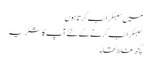
میں سبسکرائب کرتا ہوں
سبسکرائب کرنے کے لئے آپ کا شکریہ
کچھ غلط تھا۔